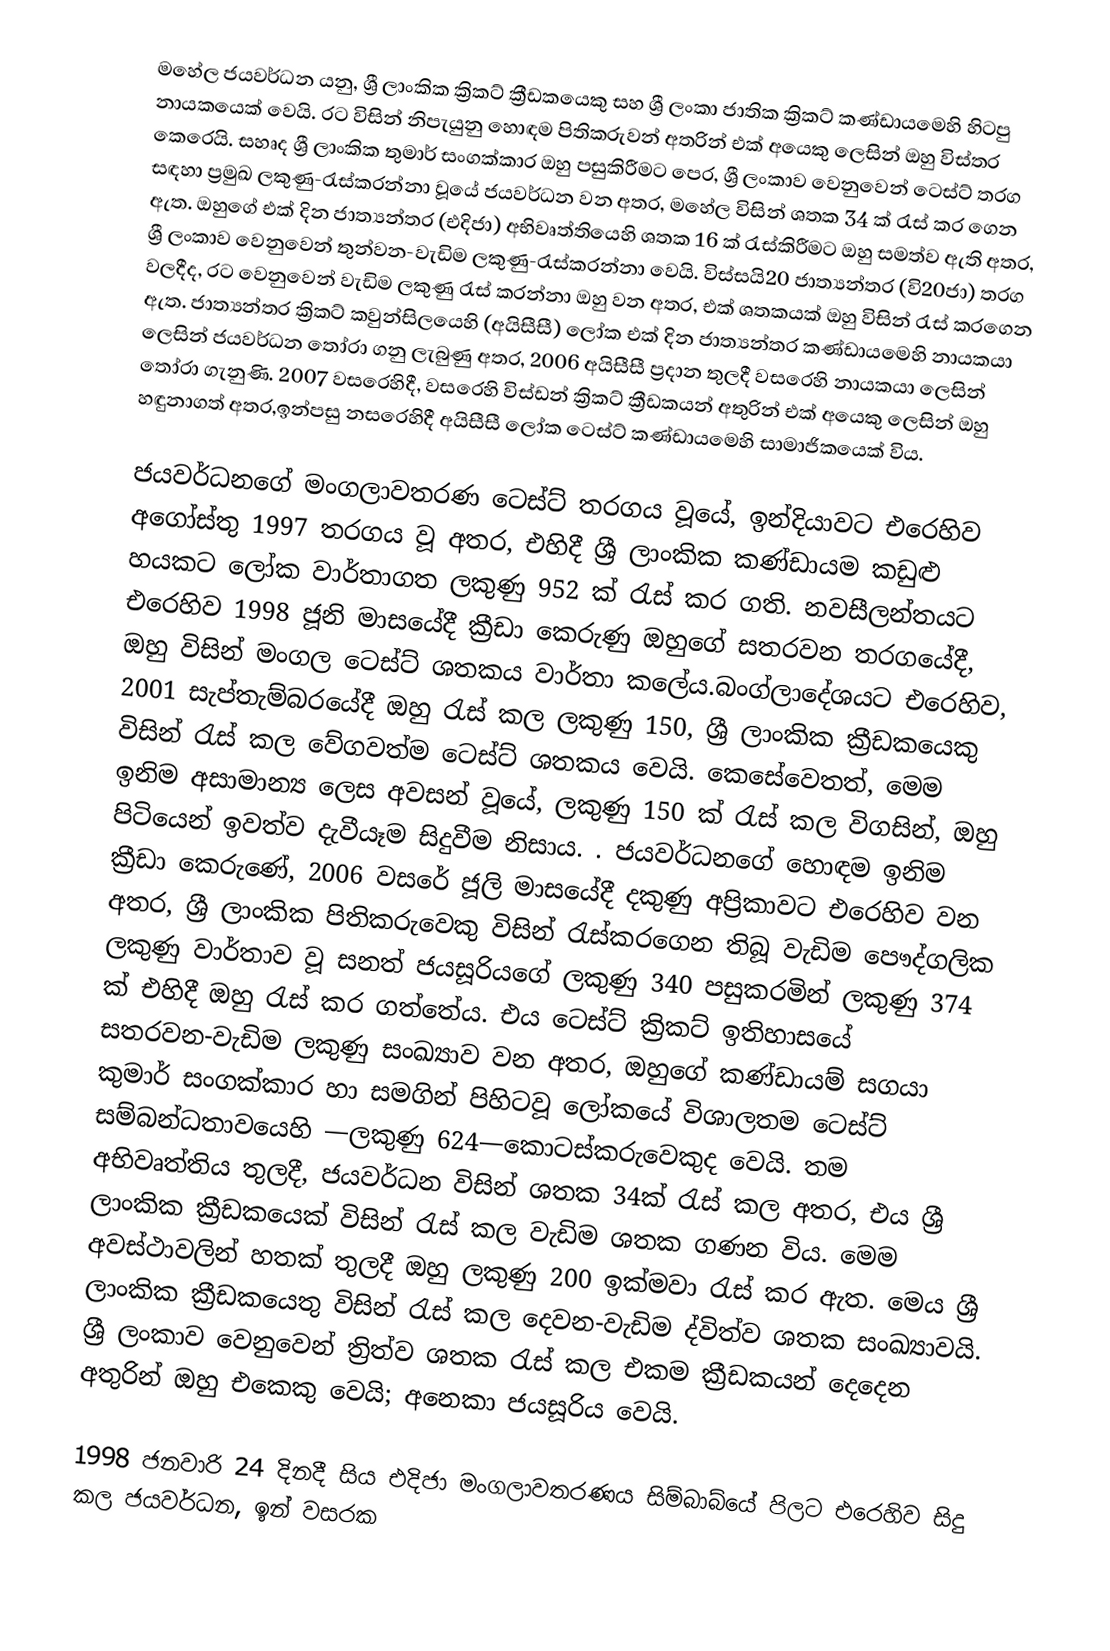
මහේල ජයවර්ධන යනු, ශ්‍රී ලාංකික ක්‍රිකට් ක්‍රීඩකයෙකු සහ  ශ්‍රී ලංකා ජාතික ක්‍රිකට් කණ්ඩායමෙහි හිටපු නායකයෙක් වෙයි. රට විසින් නිපැයුනු හොඳම  පිතිකරුවන් අතරින් එක් අයෙකු ලෙසින් ඔහු විස්තර කෙරෙයි.  සහෘද ශ්‍රී ලාංකික තුමාර් සංගක්කාර ඔහු  පසුකිරීමට පෙර, ශ්‍රී ලංකාව වෙනුවෙන් ටෙස්ට් තරග සඳහා ප්‍රමුඛ ලකුණු-රැස්කරන්නා වූයේ  ජයවර්ධන වන අතර,  මහේල විසින් ශතක 34 ක් රැස් කර ගෙන ඇත.  ඔහුගේ එක් දින ජාත්‍යන්තර (එදිජා) අභිවෘත්තියෙහි ශතක 16 ක් රැස්කිරීමට ඔහු සමත්ව ඇති අතර, ශ්‍රී ලංකාව වෙනුවෙන් තුන්වන-වැඩිම ලකුණු-රැස්කරන්නා වෙයි.  විස්සයි20 ජාත්‍යන්තර (වි20ජා) තරග වලදීද, රට වෙනුවෙන් වැඩිම ලකුණු රැස් කරන්නා ඔහු වන අතර, එක් ශතකයක් ඔහු විසින් රැස් කරගෙන ඇත.  ජාත්‍යන්තර ක්‍රිකට් කවුන්සිලයෙහි  (අයිසීසී) ලෝක එක් දින ජාත්‍යන්තර කණ්ඩායමෙහි නායකයා ලෙසින් ජයවර්ධන තෝරා ගනු ලැබුණු අතර,  2006 අයිසීසී ප්‍රදාන තුලදී වසරෙහි නායකයා ලෙසින් තෝරා ගැනුණි. 2007 වසරෙහිදී,  වසරෙහි විස්ඩන් ක්‍රිකට් ක්‍රීඩකයන් අතුරින් එක් අයෙකු ලෙසින් ඔහු හඳුනාගත් අතර,ඉන්පසු නසරෙහිදී අයිසීසී ලෝක ටෙස්ට් කණ්ඩායමෙහි සාමාජිකයෙක් විය.

ජයවර්ධනගේ මංගලාවතරණ ටෙස්ට් තරගය වූයේ, ඉන්දියාවට එරෙහිව අගෝස්තු 1997 තරගය වූ අතර, එහිදී ශ්‍රී ලාංකික කණ්ඩායම කඩුළු හයකට ලෝක වාර්තාගත ලකුණු  952 ක් රැස් කර ගති. නවසීලන්තයට එරෙහිව 1998 ජූනි මාසයේදී ක්‍රීඩා කෙරුණු ඔහුගේ සතරවන තරගයේදී, ඔහු විසින් මංගල ටෙස්ට් ශතකය වාර්තා කලේය.බංග්ලාදේශයට එරෙහිව, 2001 සැප්තැම්බරයේදී ඔහු රැස් කල ලකුණු 150, ශ්‍රී ලාංකික ක්‍රීඩකයෙකු විසින් රැස් කල වේගවත්ම ටෙස්ට් ශතකය වෙයි. කෙසේවෙතත්, මෙම ඉනිම අසාමාන්‍ය ලෙස අවසන් වූයේ, ලකුණු 150 ක් රැස් කල විගසින්, ඔහු  පිටියෙන් ඉවත්ව දැවීයෑම සිදුවීම නිසාය. . ජයවර්ධනගේ හොඳම ඉනිම ක්‍රීඩා කෙරුණේ,  2006 වසරේ ජූලි මාසයේදී දකුණු අප්‍රිකාවට එරෙහිව වන අතර, ශ්‍රී ලාංකික පිතිකරුවෙකු විසින් රැස්කරගෙන තිබූ වැඩිම පෞද්ගලික ලකුණු වාර්තාව වූ  සනත් ජයසූරියගේ ලකුණු 340 පසුකරමින්  ලකුණු 374 ක් එහිදී ඔහු රැස් කර ගත්තේය.  එය ටෙස්ට් ක්‍රිකට් ඉතිහාසයේ සතරවන-වැඩිම ලකුණු සංඛ්‍යාව වන අතර, ඔහුගේ කණ්ඩායම් සගයා කුමාර් සංගක්කාර හා සමගින් පිහිටවූ ලෝකයේ විශාලතම ටෙස්ට් සම්බන්ධතාවයෙහි —ලකුණු 624—කොටස්කරුවෙකුද වෙයි. තම අභිවෘත්තිය තුලදී, ජයවර්ධන විසින් ශතක 34ක් රැස් කල අතර, එය ශ්‍රී ලාංකික ක්‍රීඩකයෙක් විසින් රැස් කල වැඩිම ශතක ගණන විය. මෙම අවස්ථාවලින්  හතක් තුලදී ඔහු ලකුණු 200 ඉක්මවා රැස් කර ඇත. මෙය ශ්‍රී ලාංකික ක්‍රීඩකයෙතු විසින් රැස් කල දෙවන-වැඩිම ද්විත්ව ශතක සංඛ්‍යාවයි.  ශ්‍රී ලංකාව වෙනුවෙන් ත්‍රිත්ව ශතක රැස් කල එකම ක්‍රීඩකයන් දෙදෙන අතුරින් ඔහු එකෙකු වෙයි; අනෙකා ජයසූරිය වෙයි.

1998 ජනවාරි 24  දිනදී සිය එදිජා මංගලාවතරණය සිම්බාබ්යේ පිලට එරෙහිව සිදු කල ජයවර්ධන, ඉන් වසරක